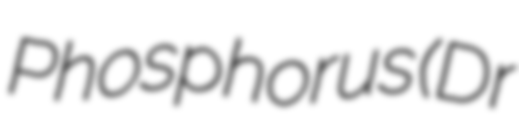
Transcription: Phosphorus (Dr